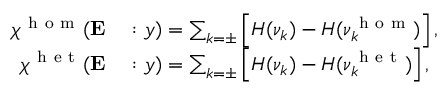
\begin{array} { r l } { \chi ^ { \mathrm { ~ h ~ o ~ m ~ } } ( \mathbf { E } } & { { } : y ) = \sum _ { k = \pm } \left[ H ( \nu _ { k } ) - H ( \nu _ { k } ^ { \mathrm { ~ h ~ o ~ m ~ } } ) \right] , } \\ { \chi ^ { \mathrm { ~ h ~ e ~ t ~ } } ( \mathbf { E } } & { { } : y ) = \sum _ { k = \pm } \left[ H ( \nu _ { k } ) - H ( \nu _ { k } ^ { \mathrm { ~ h ~ e ~ t ~ } } ) \right] , } \end{array}